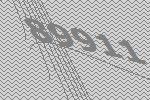
89911